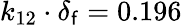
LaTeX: k_{12}\cdot\delta_{\mathsf{f}}=0.196